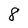
Character: 8